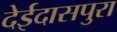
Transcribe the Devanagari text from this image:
देईदासपुरा